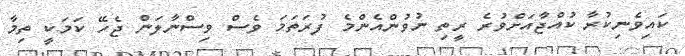
ކައިވެނިކުރާ ކުއްޖާއަށްވުރެ ރީތި ނުވުންއެންމެ ފުރަތަމަ ވެސް ވިސްނާލަން ޖެހޭ ކަމަކީ ތިމާ